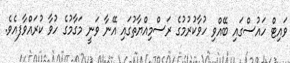
ވައިޓް ހައުސްގައި ބޭއްވި ހުވާކުރުމުގެ ރަސްމިއްޔާތުގައި އޭނާ ވަނީ މަގާމުގެ ހުވާ ކުރައްވާފއެވެ.